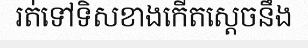
រត់ទៅទិសខាងកើតស្តេចនឹង